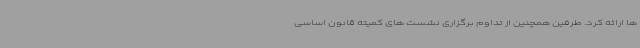
ها ارائه کرد. طرفین همچنین از تداوم برگزاری نشست های کمیته قانون اساسی